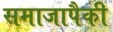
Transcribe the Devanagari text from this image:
समाजापैकी